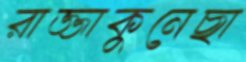
রাজ্জাকুনেছা